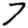
Digit: 7